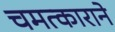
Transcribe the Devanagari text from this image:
चमत्काराने